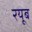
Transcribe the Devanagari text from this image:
रयूब